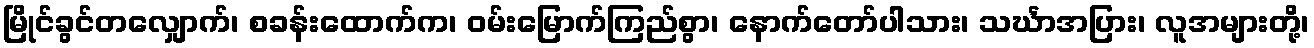
မြိုင်ခွင်တလျှောက်၊ စခန်းထောက်က၊ ဝမ်းမြောက်ကြည်စွာ၊ နောက်တော်ပါသား၊ သင်္ဃာအပြား၊ လူအများတို့၊